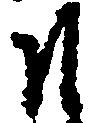
そ